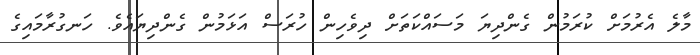
މާލެ އެރުމަށް ކުރަމުން ގެންދިޔަ މަސައްކަތަށް ދިވެހިން ހުރަސް އަޅަމުން ގެންދިޔައެވެ. ހަނގުރާމައިގެ